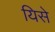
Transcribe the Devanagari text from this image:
यिसे